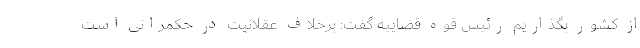
از کشور بگذاریم رئیس قوه قضاییه گفت: برخلاف عقلانیت در حکمرانی است